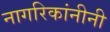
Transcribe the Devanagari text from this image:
नागरिकांनीनी